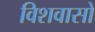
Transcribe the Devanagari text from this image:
विशवासो